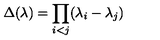
\Delta ( \lambda ) = \prod _ { i < j } ( \lambda _ { i } - \lambda _ { j } )